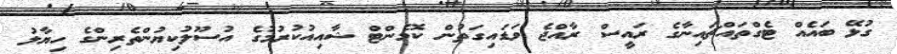
ގުޅޭ ބައެއް ޓެގްތައްޗައިނާގެ ރައީސް ރާއްޖެ ވަޑައިގަތުން ކޮމެންޓް ޝާއިއުކުރުމުގެ އުސޫލުކިޔުންތެރިންގެ ހިޔާލު